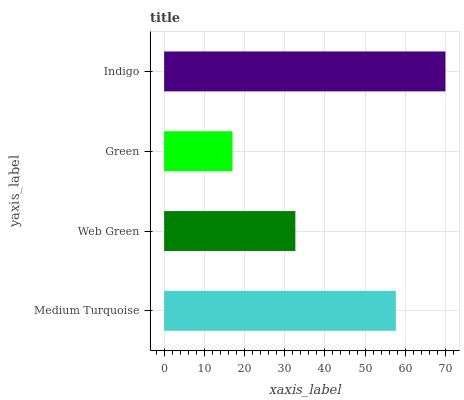
| yaxis_label | bars |
 | --- | --- |
 | Medium Turquoise | 57.7 |
 | Web Green | 32.6 |
 | Green | 17 |
 | Indigo | 70 |